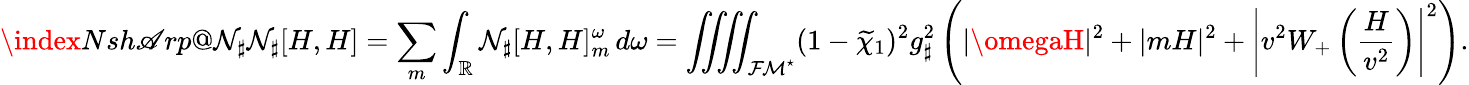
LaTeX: \index{Nsh\mathscr{A}rp@\mathcal{{N}}_{\sharp}}\mathcal{{N}}_{\sharp}[H,H]=\sum_{m}\int_{\mathbb{{R}}}\mathcal{{N}}_{\sharp}[H,H]_{m}^{\omega}\, d\omega=\iiiint_{{\mathcal{{FM}}^{\star}}}(1-\widetilde{{\chi}}_{1})^{2}g_{\sharp}^{2}\left(|\omegaH|^{2}+|mH|^{2}+\left|v^{2}W_{+}\left(\frac{{H}}{{v^{2}}}\right)\right|^{2}\right).